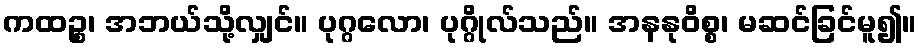
ကထဉ္စ၊ အဘယ်သို့လျှင်။ ပုဂ္ဂလော၊ ပုဂ္ဂိုလ်သည်။ အနနုဝိစ္စ၊ မဆင်ခြင်မူ၍။